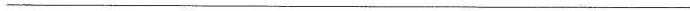
___